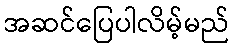
အဆင်ပြေပါလိမ့်မည်